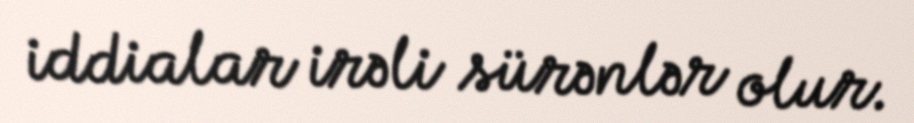
iddialar irəli sürənlər olur.